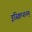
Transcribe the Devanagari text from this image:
इंस्क्रिप्शनम्